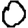
Digit: 0